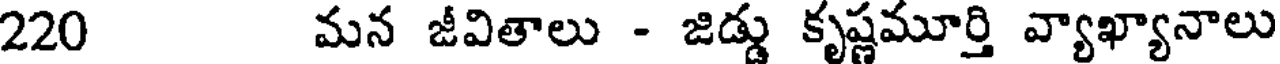
220 మన జీవితాలు - జిడ్డు కృష్ణమూర్తి వ్యాఖ్యానాలు